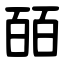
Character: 皕